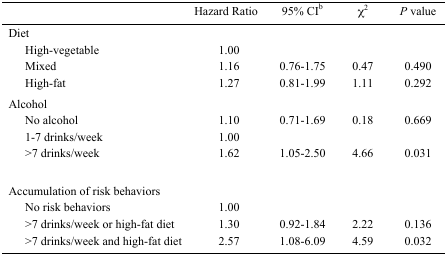
<table><thead><tr><td></td><td><b>Hazard Ratio</b></td><td><b>95% CI<sup>b</sup></b></td><td><b>χ<sup>2</sup></b></td><td><b><i>P </i>value</b></td></tr></thead><tbody><tr><td>Diet</td><td></td><td></td><td></td><td></td></tr><tr><td> High-vegetable</td><td>1.00</td><td></td><td></td><td></td></tr><tr><td> Mixed</td><td>1.16</td><td>0.76–1.75</td><td>0.47</td><td>0.490</td></tr><tr><td> High-fat</td><td>1.27</td><td>0.81–1.99</td><td>1.11</td><td>0.292</td></tr><tr><td>Alcohol</td><td></td><td></td><td></td><td></td></tr><tr><td> No alcohol</td><td>1.10</td><td>0.71–1.69</td><td>0.18</td><td>0.669</td></tr><tr><td> 1–7 drinks/week</td><td>1.00</td><td></td><td></td><td></td></tr><tr><td> &gt;7 drinks/week</td><td>1.62</td><td>1.05–2.50</td><td>4.66</td><td>0.031</td></tr><tr><td>Accumulation of risk behaviors</td><td></td><td></td><td></td><td></td></tr><tr><td> No risk behaviors</td><td>1.00</td><td></td><td></td><td></td></tr><tr><td> &gt;7 drinks/week or high-fat diet</td><td>1.30</td><td>0.92–1.84</td><td>2.22</td><td>0.136</td></tr><tr><td> &gt;7 drinks/week and high-fat diet</td><td>2.57</td><td>1.08–6.09</td><td>4.59</td><td>0.032</td></tr></tbody></table>